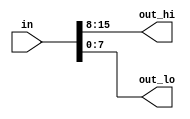
// Modelling a vector to divide it into segments

module top_module(in, out_hi, out_lo);

	input wire [15:0] in;
	output wire [7:0] out_hi;
	output wire [7:0] out_lo;

	assign out_hi = in [15:8];
	assign out_lo = in [7:0];

endmodule